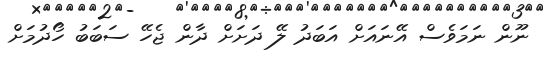
ނޫން ނަމަވެސް އޭނައަށް އަބަދު ލޭ ދަށަށް ދާން ޖެހޭ ސަބަބު ހޯދުމަށް